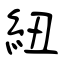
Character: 紐